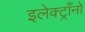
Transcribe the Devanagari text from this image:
इलेक्ट्राँनो